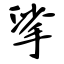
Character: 挲